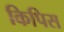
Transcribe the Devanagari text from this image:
किपिस